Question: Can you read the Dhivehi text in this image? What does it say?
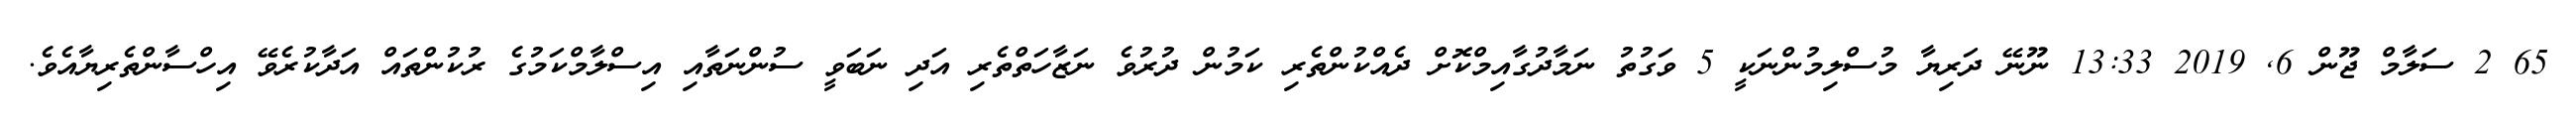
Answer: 65 2 ސަލާމް ޖޫން 6, 2019 13:33 ނޫނޭ ދަރިޔާ މުސްލިމުންނަކީ 5 ވަގުތު ނަމާދުގާއިމްކޮށް ދެއްކުންތެރި ކަމުން ދުރުވެ ނަޒާހަތްތެރި އަދި ނަބަވީ ސުންނަތާއި އިސްލާމްކަމުގެ ރުކުންތައް އަދާކުރެވޭ އިހްސާންތެރިޔާއެވެ.